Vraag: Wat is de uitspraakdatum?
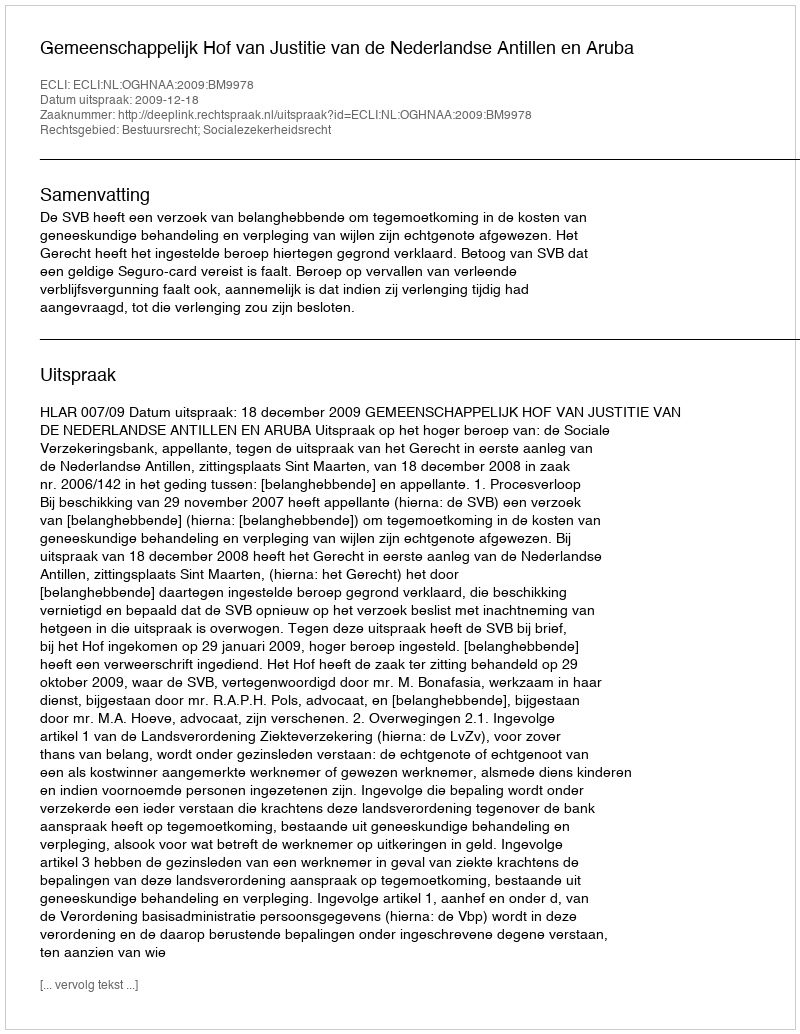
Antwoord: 2009-12-18